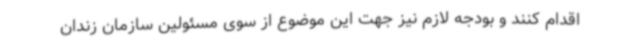
اقدام کنند و بودجه لازم نیز جهت این موضوع از سوی مسئولین سازمان زندان